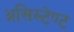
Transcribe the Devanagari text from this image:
असिस्टेण्ट